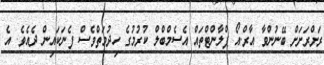
ރަށްރަށަށް ބޭނުންވާ އާރް.އޯ ޕްލާންޓްތައް އެސެމްބްލް ކުރުމުގެ ހިދުމަތްވެސް ފެނަކައިން ދެއެވެ. އެ